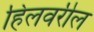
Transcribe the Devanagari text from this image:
हिलवरील